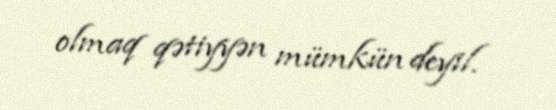
olmaq qətiyyən mümkün deyil.